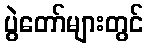
ပွဲတော်များတွင်